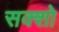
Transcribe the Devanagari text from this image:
सक्शो